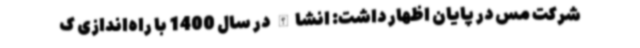
شرکت مس در پایان اظهار داشت: انشاالله در سال 1400 با راه‌اندازی ک